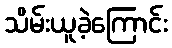
သိမ်းယူခဲ့ကြောင်း